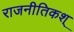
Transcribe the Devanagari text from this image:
राजनीतिकश्